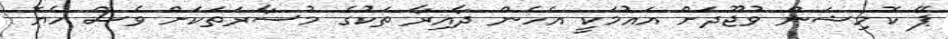
ޕޭ ކޮމިޝަން ވުޖޫދަށް އައުމަކީ އެހެން ދާއިރާ ތަކުގެ މުސާރަތަކަށް ވެސް ހެޔޮ